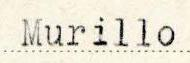
Murillo